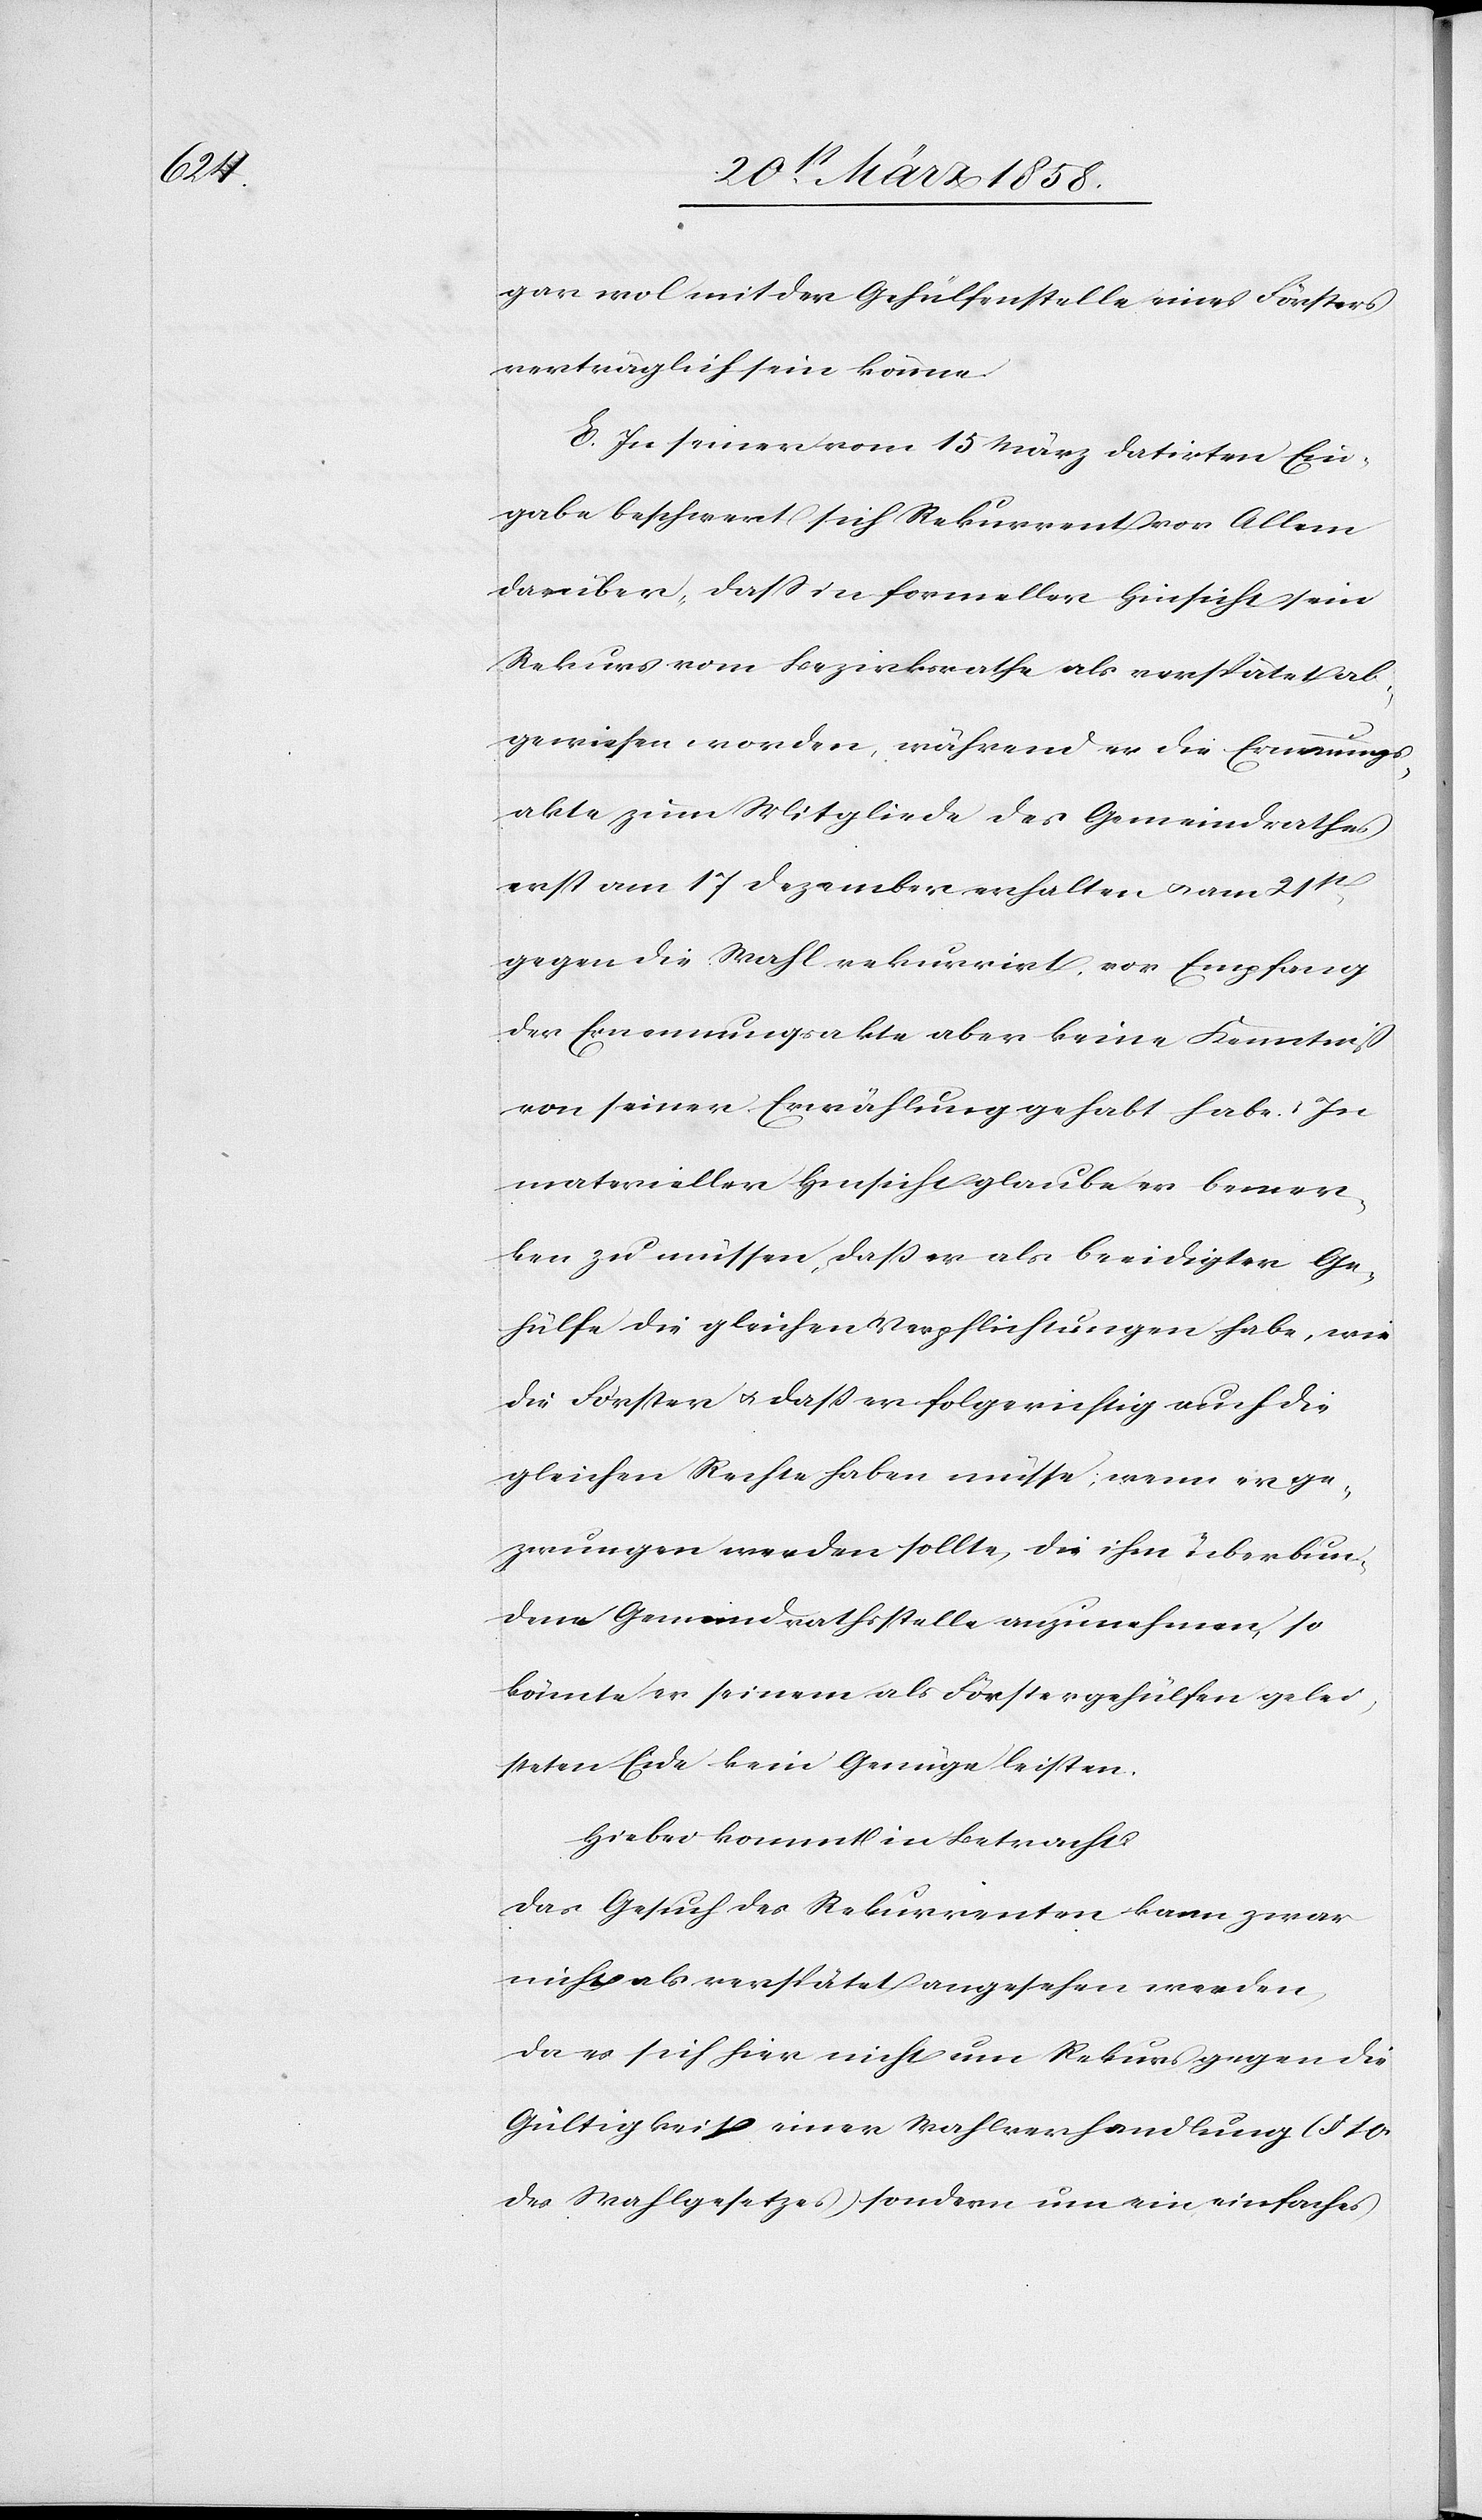
gar wol mit der Gehülfenstelle eines Försters
verträglich sein könne.
E. In seiner vom 15. März datirten Ein¬
gabe beschwert sich Rekurrent vor Allem
darüber, „daß in formeller Hinsicht sein
Rekurs vom Bezirksrathe als verspätet ab¬
gewiesen worden, während er die Ernennungs¬
akte zum Mitgliede des Gemeindrathes
erst am 17. Dezember erhalten u. am 21st
gegen die Wahl rekurrirt, vor Empfang
der Ernennungsakte aber keine Kenntniß
von seiner Erwählung gehabt habe.“ In
materieller Hinsicht glaube er bemer¬
ken zu müssen, daß er als beeidigter Ge¬
hülfe die gleichen Verpflichtungen habe, wie
die Förster u. daß er folgerichtig auch die
gleichen Rechte haben müsse, wenn er ge¬
zwungen werden sollte, die ihm überbun¬
dene Gemeindrathsstelle anzunehmen, so
könnte er seinem als Förstergehülfen gelei¬
steten Eide kein Genüge leisten.
Hiebei kommt in Betracht:
Das Gesuch des Rekurrenten kann zwar
nicht als verspätet angesehen werden,
da es sich hier nicht um Rekurs gegen die
Gültigkeit einer Wahlverhandlung (§ 10
des Wahlgesetzes) sondern um ein einfaches